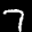
Label: 7